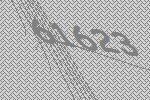
61623